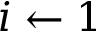
i \leftarrow 1